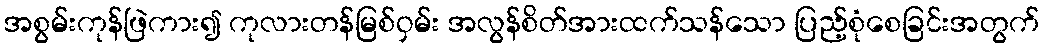
အစွမ်းကုန်ဖြဲကား၍ ကုလားတန်မြစ်ဝှမ်း အလွန်စိတ်အားထက်သန်သော ပြည့်စုံစေခြင်းအတွက်